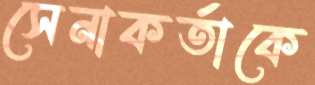
সেনাকর্তাকে